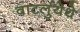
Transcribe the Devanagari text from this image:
वाटर्लुयेथे